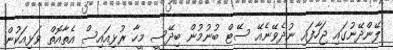
ލޭންދޭނުގައި ޖަހާފައި ނުދެވޭނެއޭ ސޭޓް ބުނުމުން ބިދޭސީ މީހާ ރުޅިއައިސް އެތާއޮތް ވަޅިއަކުން